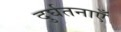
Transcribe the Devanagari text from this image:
दुर्घतनाएँ